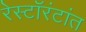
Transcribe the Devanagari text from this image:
रेस्टॉरंटांत